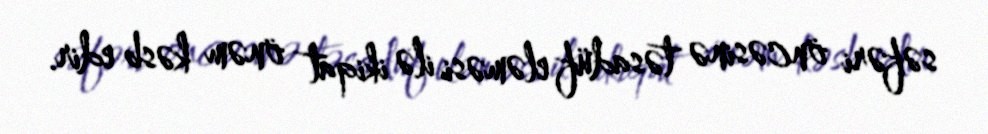
səfəri öncəsinə təsadüf eləməsi ilə ikiqat önəm kəsb edir.